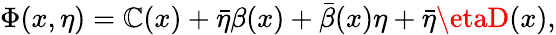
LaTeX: \Phi(x,\eta)=\mathbb{C}(x)+\bar{{\eta}}\beta(x)+\bar{{\beta}}(x)\eta+\bar{{\eta}}\etaD(x),